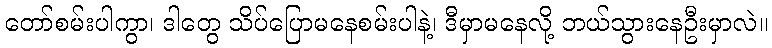
တော်စမ်းပါကွာ၊ ဒါတွေ သိပ်ပြောမနေစမ်းပါနဲ့၊ ဒီမှာမနေလို့ ဘယ်သွားနေဦးမှာလဲ။